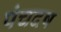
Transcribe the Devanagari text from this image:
पंचदष